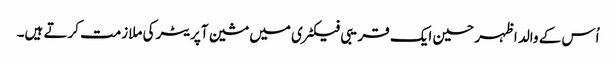
اُس کے والد اظہر حسین ایک قریبی فیکٹری میں مشین آپریٹر کی ملازمت کرتے ہیں۔